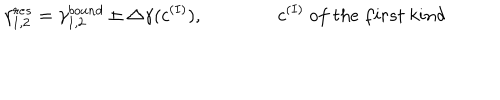
\gamma _ { 1 , 2 } ^ { r e s } = \gamma _ { 1 , 2 } ^ { b o u n d } \pm \triangle \gamma ( c ^ { ( I ) } ) , \qquad \qquad c ^ { ( I ) } { ~ o f ~ t h e ~ f i r s t ~ k i n d }